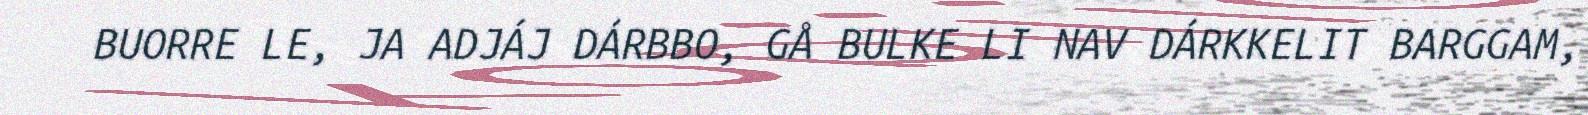
BUORRE LE, JA ADJÁJ DÁRBBO, GÅ BULKE LI NAV DÁRKKELIT BARGGAM,